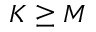
K \geq M